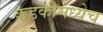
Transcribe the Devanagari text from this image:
कडकीमध्येच